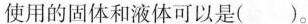
使用的固体和液体可以是()。